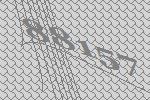
88157